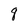
Character: q